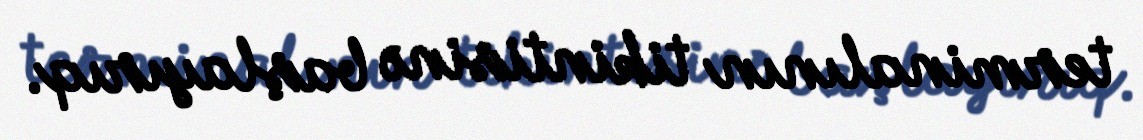
terminalının tikintisinə başlayırıq.